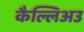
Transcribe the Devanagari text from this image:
कैल्लिअउ